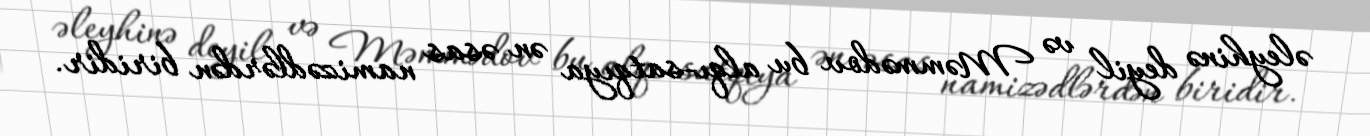
əleyhinə deyil və Məmmədov bu alqı-satqıya ən əsas namizədlərdən biridir.